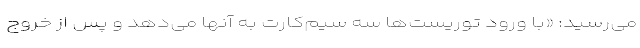
می‌رسید: «با ورود توریست‌ها سه سیم‌کارت به آنها می‌دهد و پس از خروج